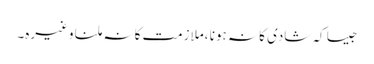
جیسا کہ شادی کا نہ ہونا ،ملازمت کا نہ ملنا وغیرہ۔